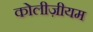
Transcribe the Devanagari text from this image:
कोलीज़ीयम